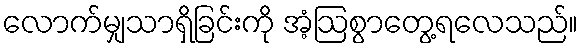
လောက်မျှသာရှိခြင်းကို အံ့ဩစွာတွေ့ရလေသည်။